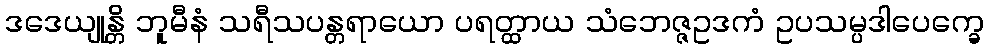
ဒဒေယျုန္တိ ဘူမီနံ သရီသပန္တရာယော ပရတ္ထာယ သံဘေဇ္ဇဥဒကံ ဥပသမ္ပဒါပေက္ခေ